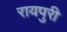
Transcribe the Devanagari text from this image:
रायपुरी